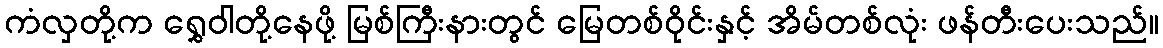
ကံလှတို့က ရွှေဝါတို့နေဖို့ မြစ်ကြီးနားတွင် မြေတစ်ဝိုင်းနှင့် အိမ်တစ်လုံး ဖန်တီးပေးသည်။